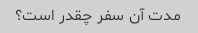
مدت آن سفر چقدر است؟